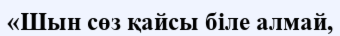
«Шын сөз қайсы біле алмай,